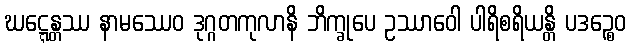
ဃဋ္ဋေန္တဿ နာမဿေဝ ဒုဂ္ဂတကုလာနိ ဘိက္ခုပေ ဥဿာဝေါ ပါရိစရိယန္တိ ပဒဉ္စေဝ